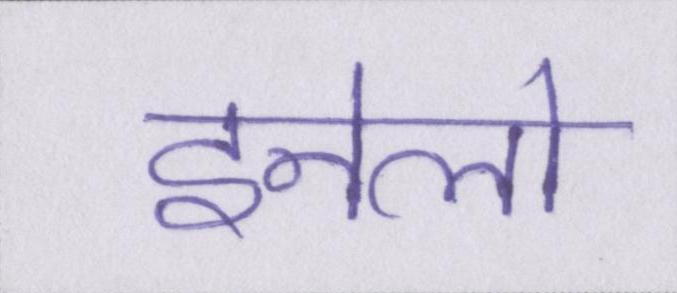
इनेलो